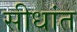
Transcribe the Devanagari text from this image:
सीधांत